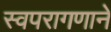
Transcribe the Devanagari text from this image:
स्वपरागणाने